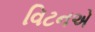
વિટનએ